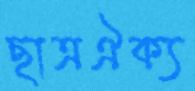
ছাত্রঐক্য